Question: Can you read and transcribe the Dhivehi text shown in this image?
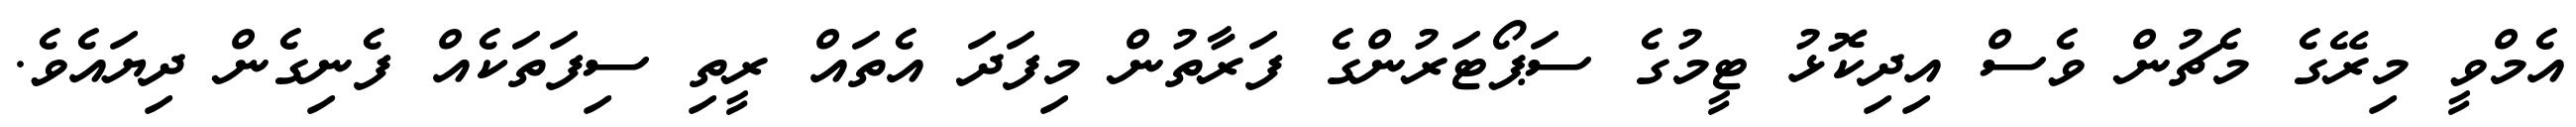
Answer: އެމްވީ މިރޭގެ މެޗުން ވެސް އިދިކޮޅު ޓީމުގެ ސަޕޯޓަރުންގެ ފަރާތުން މިފަދަ އެތައް ރީތި ސިފަތަކެއް ފެނިގެން ދިޔައެވެ.